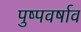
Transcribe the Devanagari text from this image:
पुष्पवर्षाव